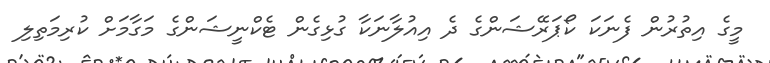
މީގެ އިތުރުން ފެނަކަ ކޯޕަރޭޝަންގެ ދެ އިއުލާނަކާ ގުޅިގެން ޓެކްނީޝަންގެ މަގާމަށް ކުރިމަތިލި